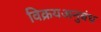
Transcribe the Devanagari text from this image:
विक्रयअनुबंध